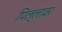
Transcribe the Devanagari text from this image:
पिल्लावर